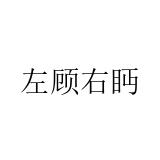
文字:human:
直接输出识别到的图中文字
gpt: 左顾右眄